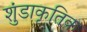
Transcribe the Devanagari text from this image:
शुंडाकृतिक